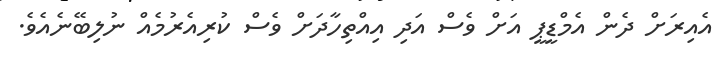
އެއިރަށް ދެން އެމްޑީޕީ އަށް ވެސް އަދި އިއްތިހާދަށް ވެސް ކުރިއެރުމެއް ނުލިބޭނެއެވެ.